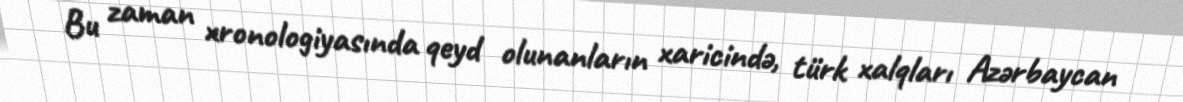
Bu zaman xronologiyasında qeyd olunanların xaricində, türk xalqları Azərbaycan